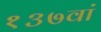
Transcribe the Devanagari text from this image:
१३७वां